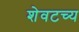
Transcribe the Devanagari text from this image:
शेवटच्य